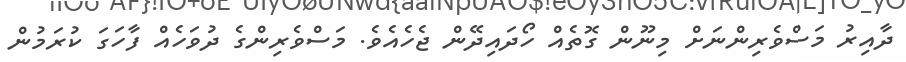
ދާއިރު މަސްވެރިންނަށް މިނޫން ގޮތެއް ހޯދައިދޭން ޖެހެއެވެ. މަސްވެރިންގެ ދުވަހެއް ފާހަގަ ކުރަމުން